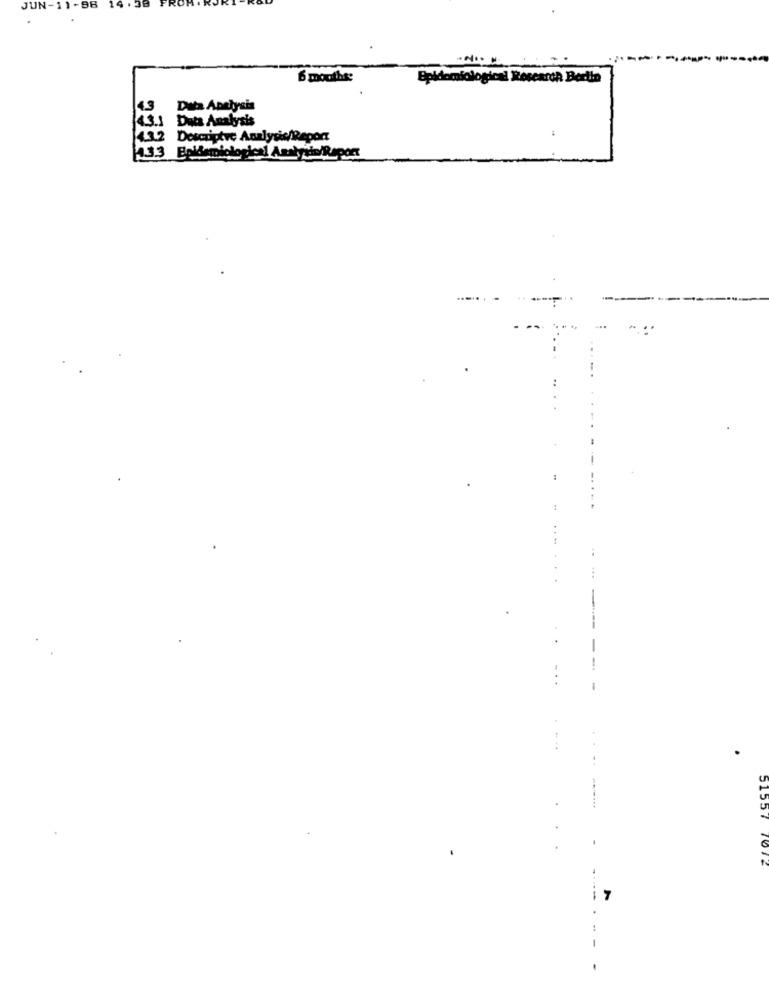
JUN-11-96 14:38
6 mouths:
Epidemiological Research Bertin
4.3 Data Antłysis
Data Analysis
4.3.2 Descriptve Analysis/Repon
smiological Analysis/Raport
51557 1016